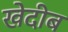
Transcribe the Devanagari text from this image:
खेदीब